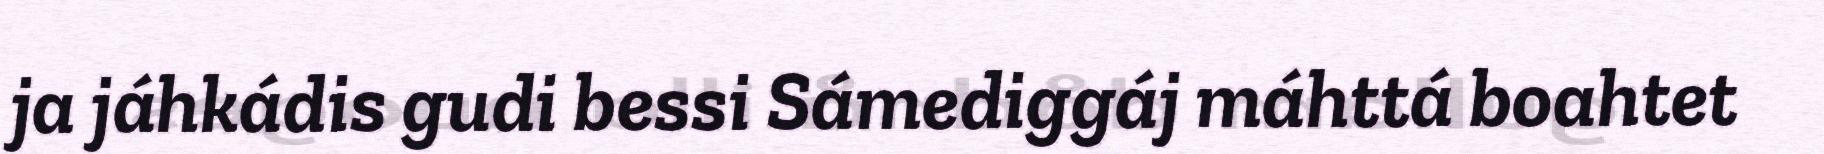
ja jáhkádis gudi bessi Sámediggáj máhttá boahtet